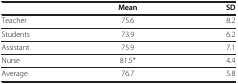
<table><thead><tr><td><b> </b></td><td><b>Mean</b></td><td><b>SD</b></td></tr></thead><tbody><tr><td>Teacher</td><td>75.6</td><td>8.2</td></tr><tr><td>Students</td><td>73.9</td><td>6.2</td></tr><tr><td>Assistant</td><td>75.9</td><td>7.1</td></tr><tr><td>Nurse</td><td>81.5*</td><td>4.4</td></tr><tr><td>Average</td><td>76.7</td><td>5.8</td></tr></tbody></table>